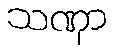
သဏှာ